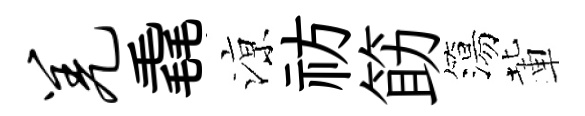
羌毳鿌祊筯簜輩